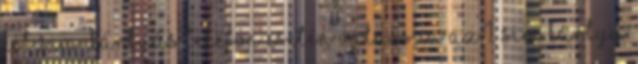
Két SIM-kártyás telefon esetén válassza az 1. SIM kártya